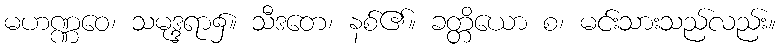
မဟဏ္ဏဝေ၊ သမုဒ္ဒရာ၌။ သီဒတေ၊ နစ်၏။ ခတ္တိယော စ၊ မင်းသားသည်လည်း။